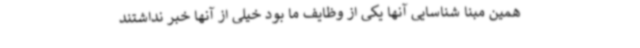
همین مبنا شناسایی آنها یکی از وظایف ما بود خیلی از آنها خبر نداشتند